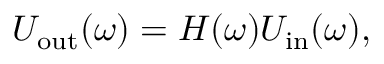
U _ { \mathrm { o u t } } ( \omega ) = H ( \omega ) U _ { \mathrm { i n } } ( \omega ) ,